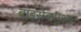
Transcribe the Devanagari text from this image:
बाइसेक्सुअल